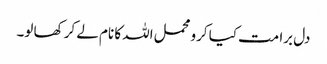
دل برا مت کیا کرو محمل اللہ کا نام لے کر کھا لو۔